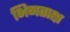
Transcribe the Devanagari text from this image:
भिनताक्ष